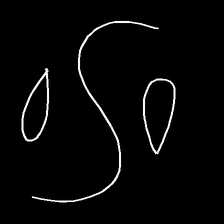
Glyph: water